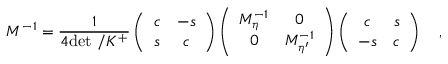
M ^ { - 1 } = \frac { 1 } { 4 \mathrm { d e t \ / } K ^ { + } } \left( \begin{array} { c c } { { c } } & { { - s } } \\ { { s } } & { { c } } \end{array} \right) \left( \begin{array} { c c } { { M _ { \eta } ^ { - 1 } } } & { { 0 } } \\ { { 0 } } & { { M _ { \eta ^ { \prime } } ^ { - 1 } } } \end{array} \right) \left( \begin{array} { c c } { { c } } & { { s } } \\ { { - s } } & { { c } } \end{array} \right) \quad ,